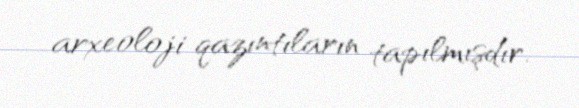
arxeoloji qazıntıların tapılmışdır.